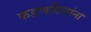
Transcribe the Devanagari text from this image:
फडणविसांना